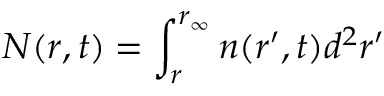
N ( r , t ) = \int _ { r } ^ { r _ { \infty } } n ( r ^ { \prime } , t ) d ^ { 2 } r ^ { \prime }